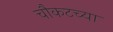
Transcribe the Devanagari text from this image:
चौकटच्या